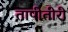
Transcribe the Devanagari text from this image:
तापीतीरी